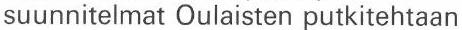
suunnitelmat Oulaisten putkitehtaan